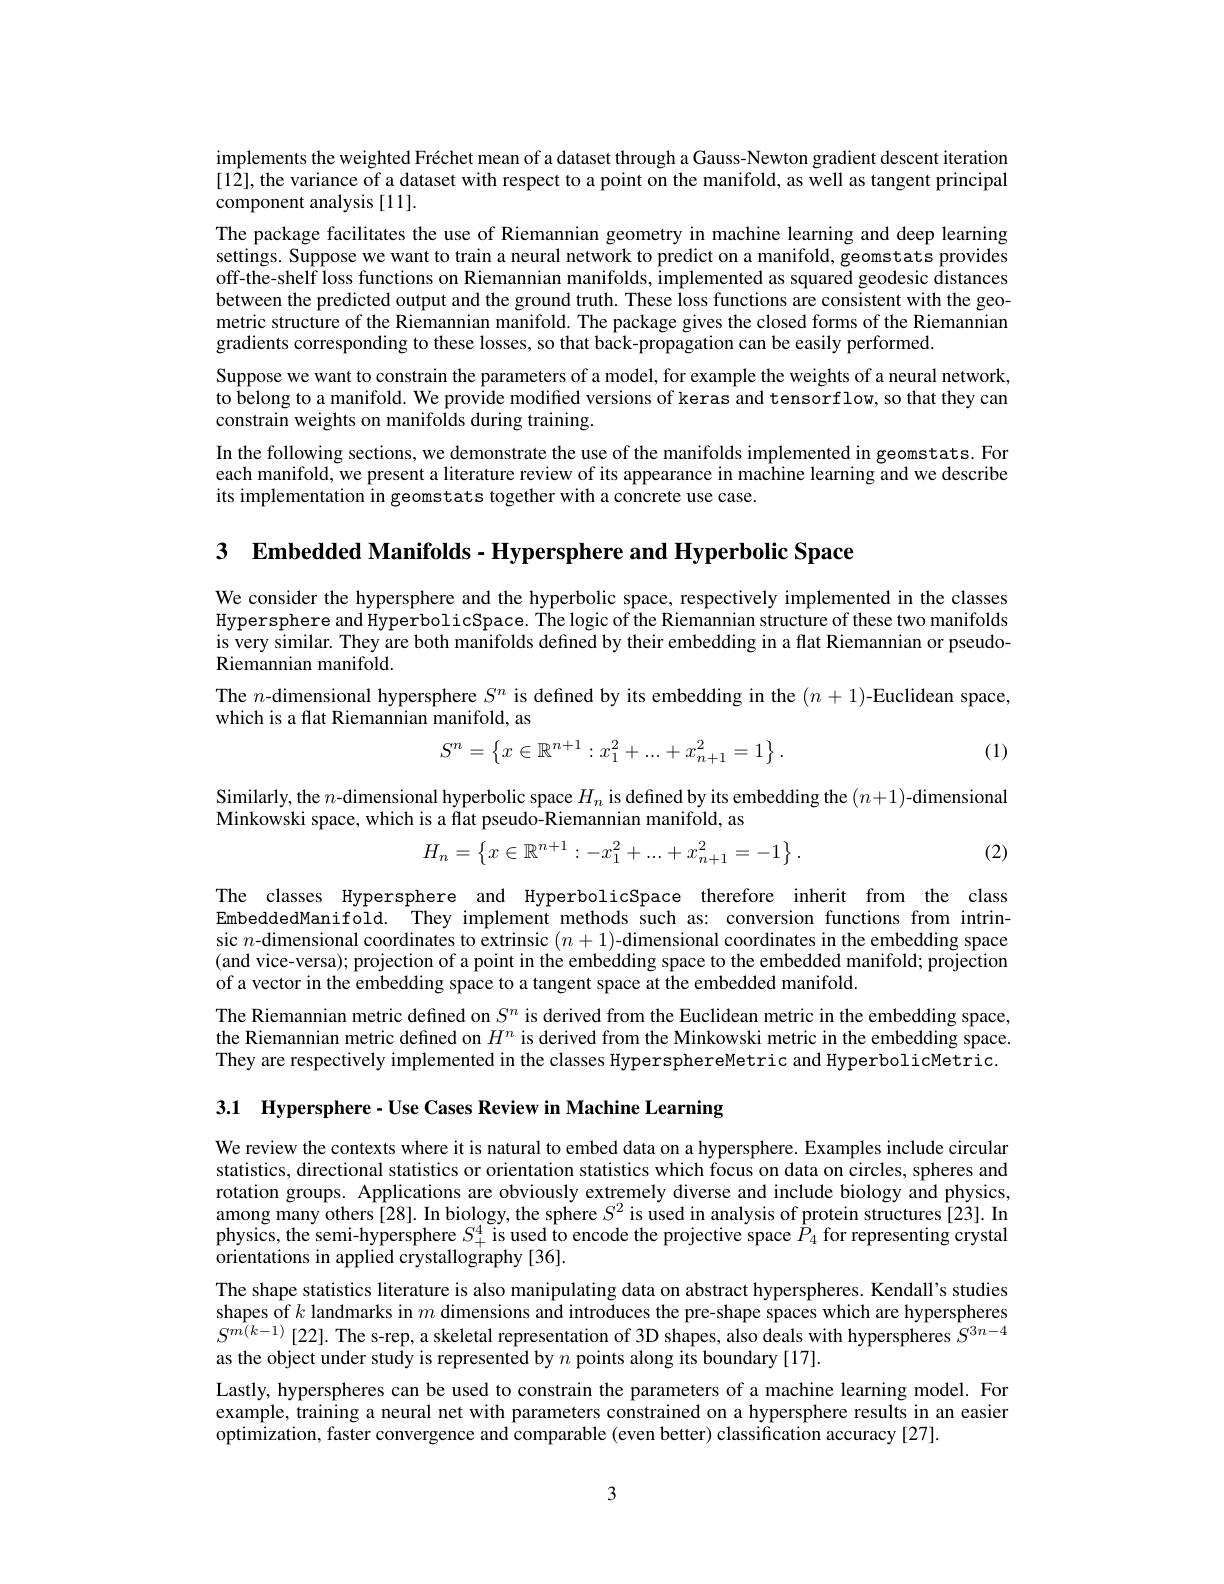
implements the weighted Fréchet mean of a dataset through a Gauss-Newton gradient descent iteration [12],the variance of a dataset with respect to a point on the manifold, as well as tangent principal component analysis [11].
The package facilitates the use of Riemannian geometry in machine learning and deep learning settings. Suppose we want to train a neural network to predict on a manifold, geomstats provides off-the-shelf loss functions on Riemannian manifolds, implemented as squared geodesic distances between the predicted output and the ground truth. These loss functions are consistent with the geometric structure of the Riemannian manifold. The package gives the closed forms of the Riemannian gradients corresponding to these losses, so that back-propagation can be easily performed
Suppose we want to constrain the parameters of a model, for example the weights of a neural network, to belong to a manifold. We provide modified versions of keras and tensorflow, so that they can constrain weights on manifolds during training.
In the following sections, we demonstrate the use of the manifolds implemented in geomstats. For each manifold, we present a literature review of its appearance in machine learning and we describe its implementation in geomstats together with a concrete use case.

3 $\textbf{Embedded Manifolds- Hypersphere and Hyperbolic Space}$

We consider the hypersphere and the hyperbolic space, respectively implemented in the classes Hypersphere and HyperbolicSpace. The logic of the Riemannian structure of these two manifolds is very similar. They are both manifolds defined by their embedding in a flat Riemannian or pseudoRiemannian manifold.
The $n$-dimensional hypersphere $S^n$ is defined by its embedding in the $(n+1)$-Euclidean space,
which is a flat Riemannian manifold, as
$$S^n=\begin{Bmatrix}x\in\mathbb{R}^{n+1}:x_1^2+...+x_{n+1}^2=1\end{Bmatrix}.$$
(1)

Similarly, the $n$-dimensional hyperbolic space $H_n$ is defined by its embedding the $(n+1)$-dimensional
Minkowski space, which is a flat pseudo-Riemannian manifold, as
$$H_n=\begin{Bmatrix}x\in\mathbb{R}^{n+1}:-x_1^2+...+x_{n+1}^2=-1\end{Bmatrix}.$$
(2)

The classes Hypersphere and HyperbolicSpace therefore inherit from the class EmbeddedManifold. They implement methods such as: conversion functions from intrinsic $n$-dimensional coordinates to extrinsic $(n+1)$-dimensional coordinates in the embedding space (and vice-versa); projection of a point in the embedding space to the embedded manifold; projection of a vector in the embedding space to a tangent space at the embedded manifold
The Riemannian metric defined on $S^n$ is derived from the Euclidean metric in the embedding space, the Riemannian metric defined on $H^n$ is derived from the Minkowski metric in the embedding space They are respectively implemented in the classes HypersphereMetric and HyperbolicMetric.

3.1 Hypersphere - Use Cases Review in Machine Learning

We review the contexts where it is natural to embed data on a hypersphere. Examples include circular statistics, directional statistics or orientation statistics which focus on data on circles, spheres and rotation groups. Applications are obviously extremely diverse and include biology and physics, among many others[28]. In biology, the sphere $S^2$ is used in analysis of protein structures [23]. In physics, the semi-hypersphere $S_+^4$ is used to encode the projective space $\hat{P}_4$ for representing crystal orientations in applied crystallography [36].
The shape statistics literature is also manipulating data on abstract hyperspheres. Kendall's studies shapes of $k$ landmarks in $m$ dimensions and introduces the pre-shape spaces which are hyperspheres $\hat{S^{m(k-1)}}$[22]. The s-rep, a skeletal representation of 3D shapes, also deals with hyperspheres $S^{3n-4}$ as the object under study is represented by $n$ points along its boundary [17].
Lastly, hyperspheres can be used to constrain the parameters of a machine learning model. For example, training a neural net with parameters constrained on a hypersphere results in an easier optimization, faster convergence and comparable (even better) classification accuracy [27].

3